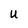
Character: U